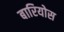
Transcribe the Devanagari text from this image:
बारियोस